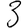
Digit: 3